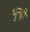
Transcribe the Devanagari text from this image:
भुन्ड़ी